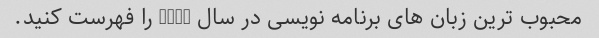
محبوب ترین زبان های برنامه نویسی در سال 2021 را فهرست کنید.